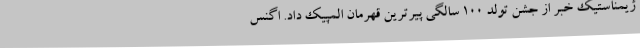
ژیمناستیک خبر از جشن تولد 100 سالگی پیرترین قهرمان المپیک داد. اگنس